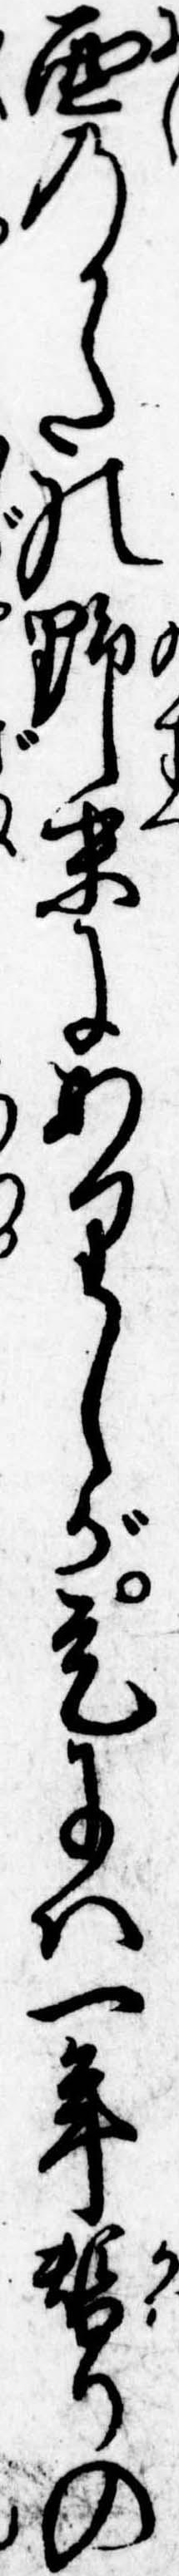
西のかたの野末にありしが是には一年替りの